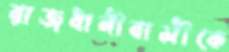
রাজধানীবাসীকে